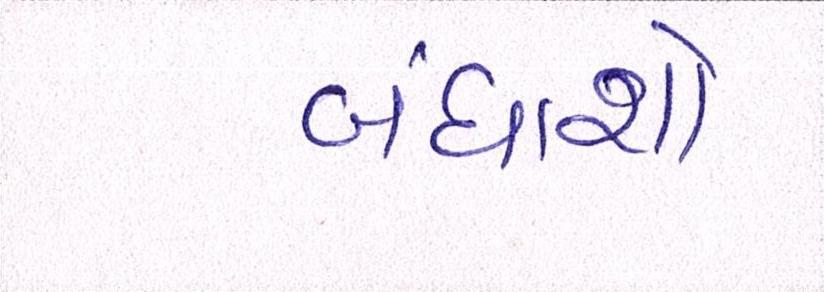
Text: બંધાશો